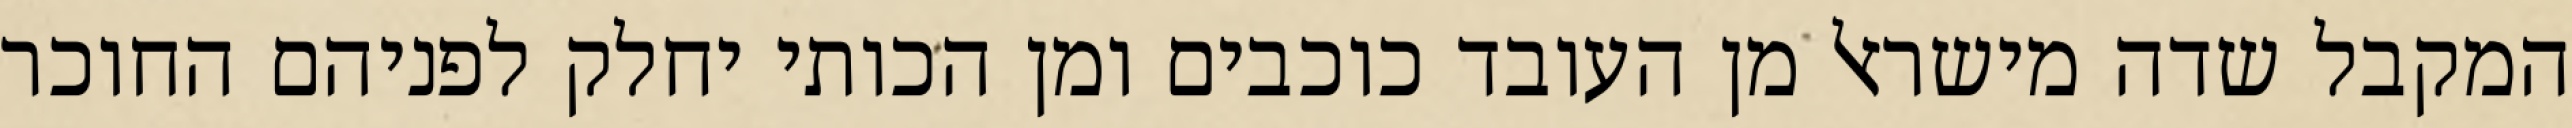
המקבל שדה מישראל מן העובד כוכבים ומן הכותי יחלק לפניהם החוכר